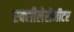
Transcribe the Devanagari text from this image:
एक्सीलेरोमीटर